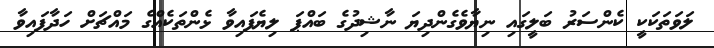
ލަވަތަކަކީ ކެންސަރު ބަލީގައި ނިޔާވެގެންދިޔަ ނާޝިދުގެ ބައްޕަ ލިޔެފައިވާ ޅެންތަކެއްގެ މައްޗަށް ހަދާފައިވާ